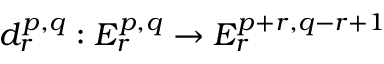
d _ { r } ^ { p , q } : E _ { r } ^ { p , q } \rightarrow E _ { r } ^ { p + r , q - r + 1 }